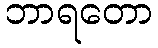
ဘာရတော